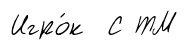
Игро́к С ТМ